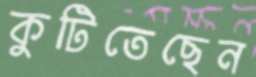
কুটিতেছেন